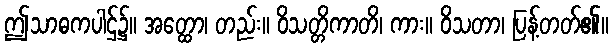
ဤသာဓကပါဌ်၌။ အတ္ထော၊ တည်း။ ဝိသတ္တိကာတိ၊ ကား။ ဝိသတာ၊ ပြန့်တတ်၏။